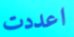
اعددت